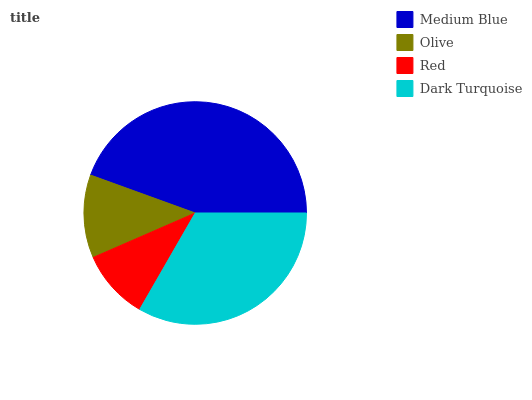
| Medium Blue | Olive | Red | Dark Turquoise |
 | --- | --- | --- | --- |
 | 44.5% | 12.1% | 10.2% | 33.3% |